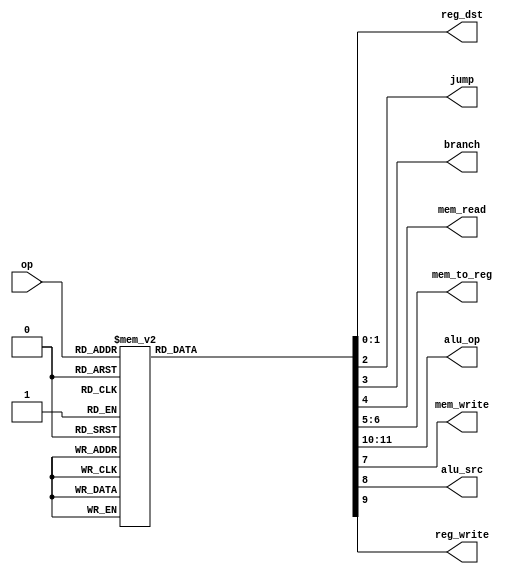
`timescale 1ns / 1ps
//////////////////////////////////////////////////////////////////////////////////
// Company: 
// Engineer: 
// 
// Design Name: 
// Module Name: control_unit
// Project Name: 
// Target Devices: 
// Tool Versions: 
// Description: 
// 
// Dependencies: 
// 
// Revision:
// Revision 0.01 - File Created
// Additional Comments:
// 
//////////////////////////////////////////////////////////////////////////////////


module control_unit(op, reg_dst, jump, branch, mem_read, mem_to_reg, alu_op, mem_write, alu_src, reg_write);
    input [2:0] op;
    output reg [1:0] reg_dst, mem_to_reg, alu_op;
    output reg jump, branch, mem_read, mem_write, alu_src, reg_write;
    
    always @(*) begin
        case(op) 
        3'b000: begin       // R-type op
            reg_dst = 2'b01;
            jump = 1'b0;
            branch = 1'b0;
            mem_read = 1'b0;
            mem_to_reg = 2'b00;
            mem_write = 1'b0;
            alu_src = 1'b0;
            reg_write = 1'b1;
            alu_op = 2'b00;
            end
        3'b001: begin       // slti op
            reg_dst = 2'b00;
            alu_src = 1'b1;
            mem_to_reg = 2'b0;
            reg_write = 1'b1;
            mem_read = 1'b0;
            mem_write = 1'b0;
            branch = 1'b0;
            alu_op = 2'b10;
            jump = 1'b0;
            end
        3'b010: begin       // j op
            reg_dst = 2'b00;
            alu_src = 1'b0;
            mem_to_reg = 2'b0;
            reg_write = 1'b0;
            mem_read = 1'b0;
            mem_write = 1'b0;
            branch = 1'b0;
            alu_op = 2'b0;
            jump = 1'b1;
            end
        3'b011: begin       // jal op
            reg_dst = 2'b10;
            alu_src = 1'b0;
            mem_to_reg = 2'b10;
            reg_write = 1'b1;
            mem_read = 1'b0;
            mem_write = 1'b0;
            branch = 1'b0;
            alu_op = 2'b00;
            jump = 1'b1;
            end
        3'b100: begin       // lw op
            reg_dst = 2'b00;
            alu_src = 1'b1;
            mem_to_reg = 2'b01;
            reg_write = 1'b1;
            mem_read = 1'b1;
            mem_write = 1'b0;
            branch = 1'b0;
            alu_op = 2'b11;
            jump = 1'b0;
            end
        3'b101: begin       // sw op
            reg_dst = 2'b00;
            alu_src = 1'b1;
            mem_to_reg = 2'b00;
            reg_write = 1'b0;
            mem_read = 1'b0;
            mem_write = 1'b1;
            branch = 1'b0;
            alu_op = 2'b11;
            jump = 1'b0;
            end
        3'b110: begin       // beq op
            reg_dst = 2'b00;
            alu_src = 1'b0;
            mem_to_reg = 2'b0;
            reg_write = 1'b0;
            mem_read = 1'b0;
            mem_write = 1'b0;
            branch = 1'b1;
            alu_op = 2'b01;
            jump = 1'b0;
            end
        3'b111: begin       // addi op
            reg_dst = 2'b00;
            alu_src = 1'b1;
            mem_to_reg = 2'b0;
            reg_write = 1'b1;
            mem_read = 1'b0;
            mem_write = 1'b0;
            branch = 1'b0;
            alu_op = 2'b11;
            jump = 1'b0;
            end
        default: begin  
            reg_dst = 2'b01;  
            mem_to_reg = 2'b00;  
            alu_op = 2'b00;  
            jump = 1'b0;  
            branch = 1'b0;  
            mem_read = 1'b0;  
            mem_write = 1'b0;  
            alu_src = 1'b0;  
            reg_write = 1'b1;  
            end  
        endcase
    end
endmodule